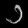
Digit: ၁